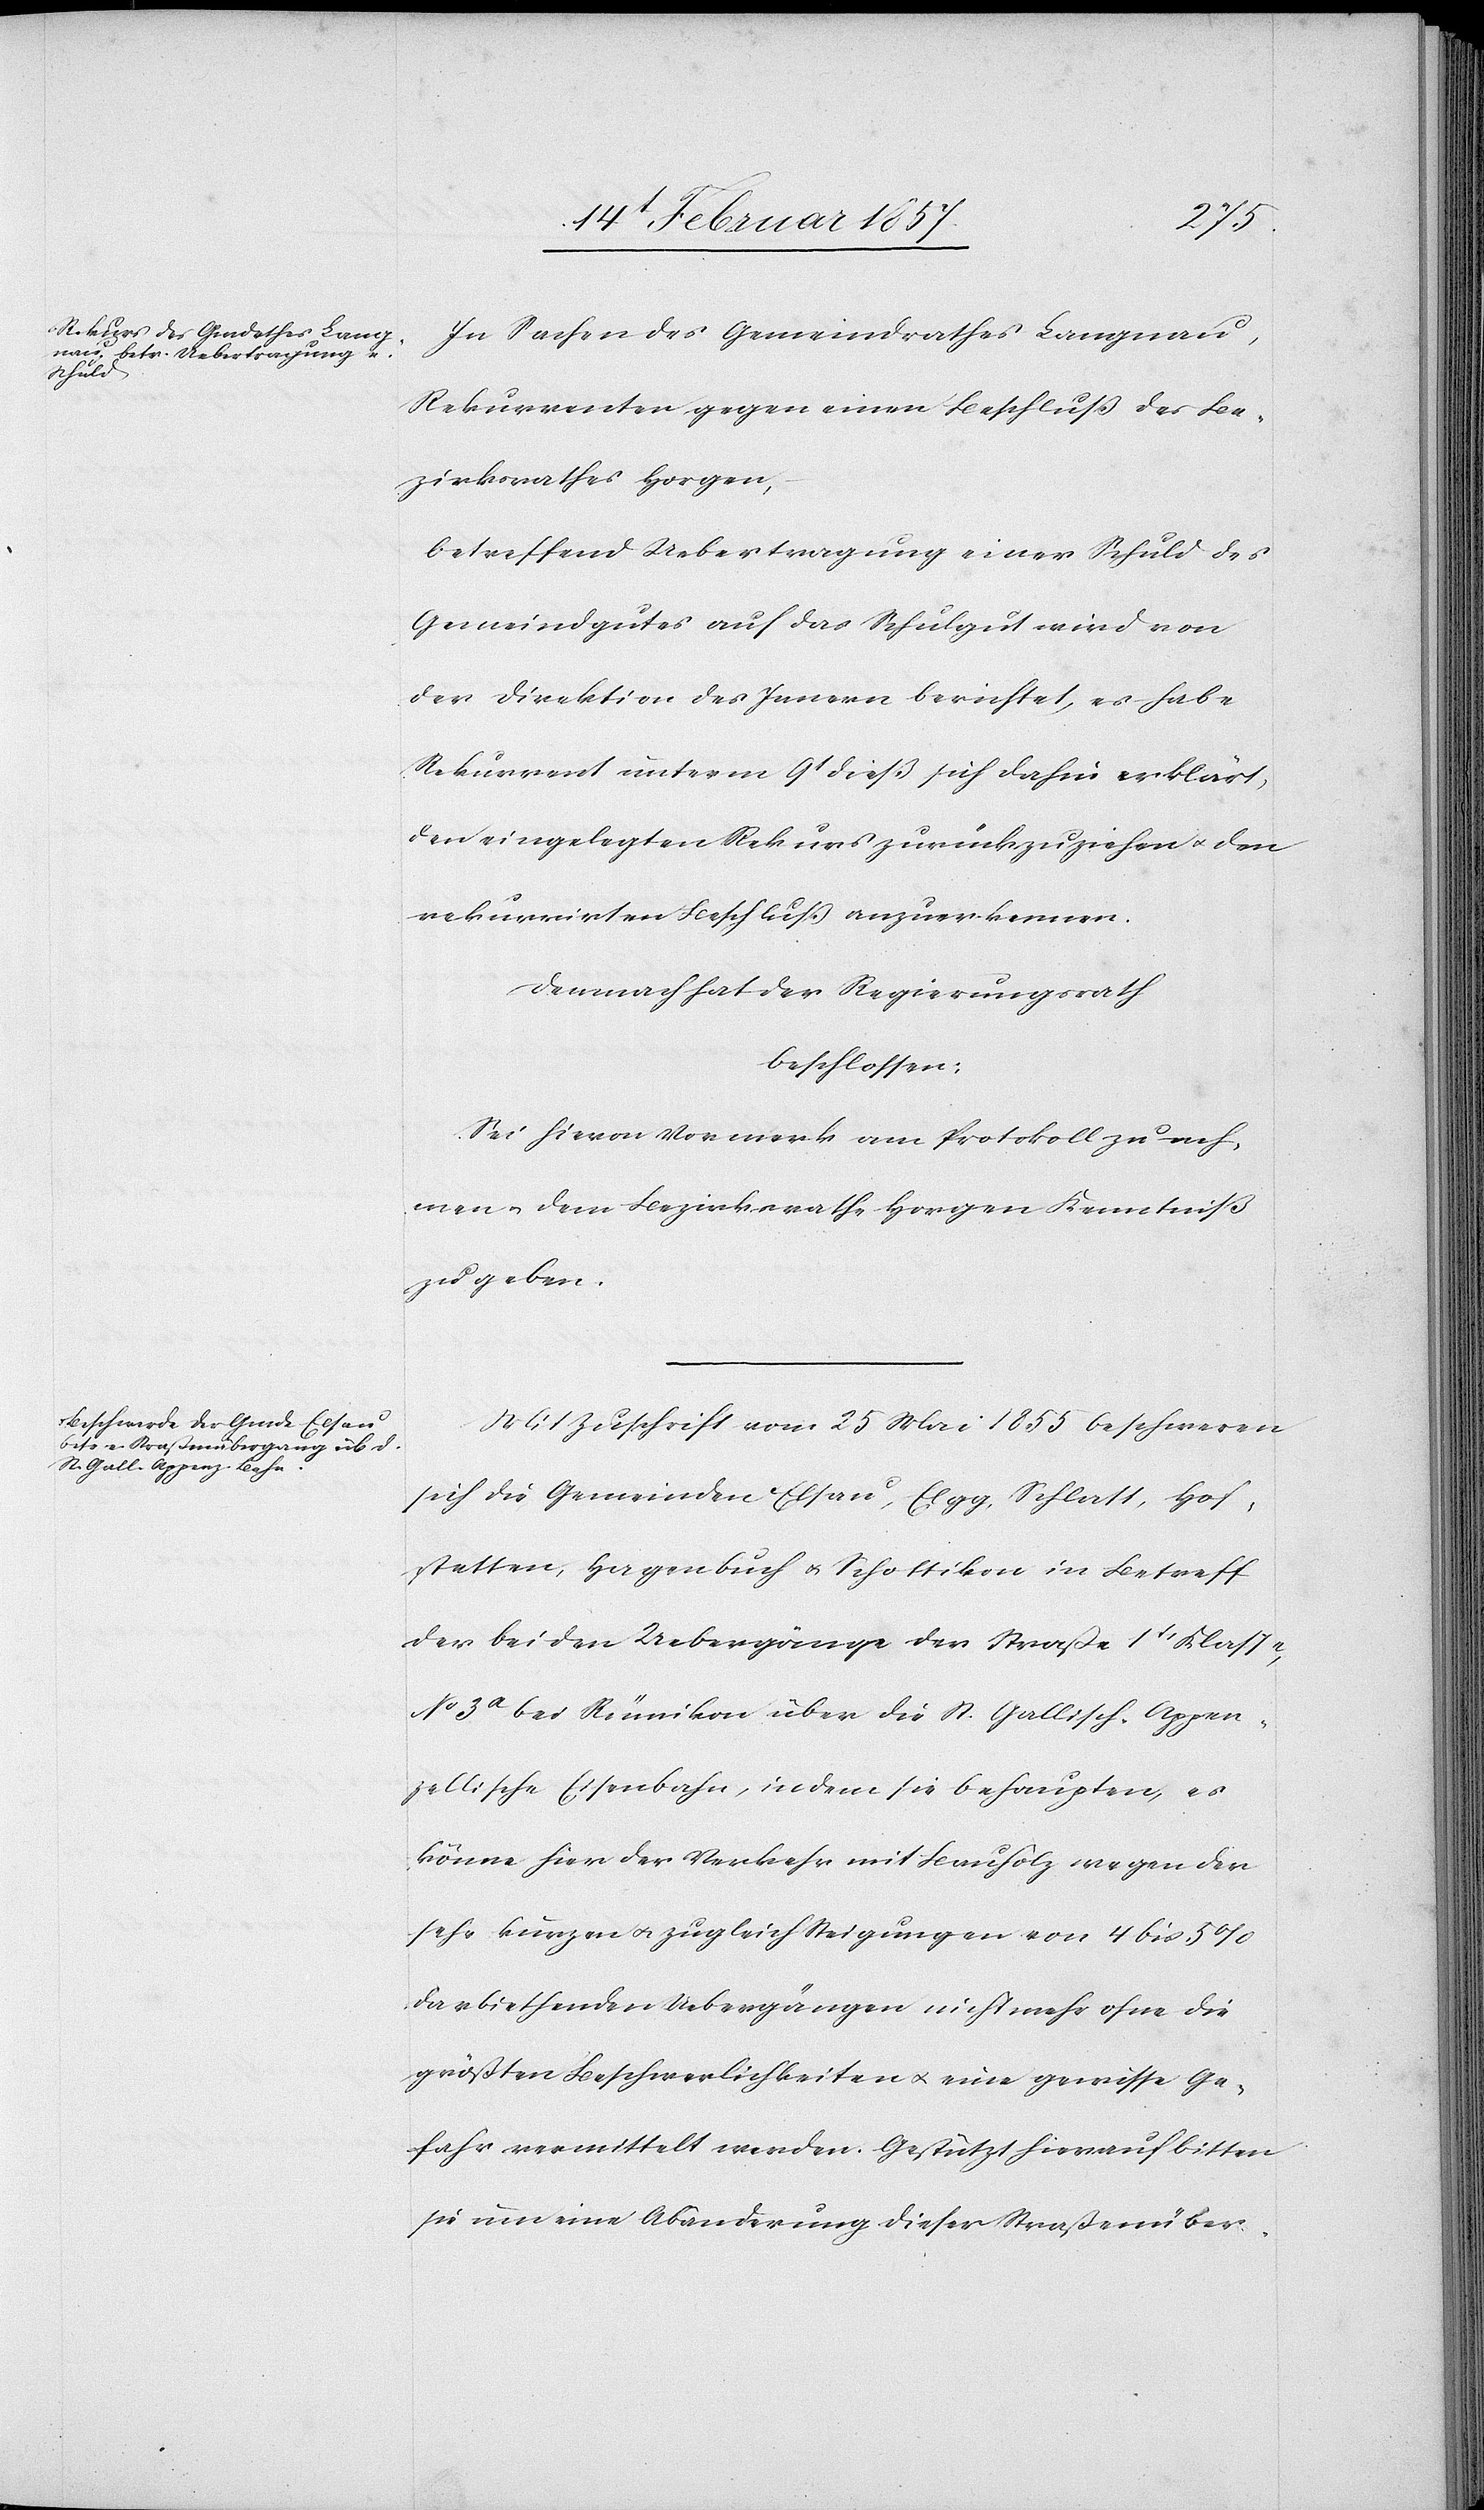
In Sachen des Gemeindrathes Langnau,
Rekurrenten gegen einen Beschluß des Be¬
zirksrathes Horgen,
betreffend Uebertragung einer Schuld des
Gemeindgutes auf das Schulgut wird von
der Direktion des Innern berichtet, es habe
Rekurrent unterm 9t dieß sich dahin erklärt,
den eingelegten Rekurs zurückzuziehen u. den
rekurrirten Beschluß anzuerkennen.
Demnach hat der Regierungsrath
beschlossen:
Sei hievon Vormerk am Protokoll zu neh¬
men u. dem Bezirksrathe Horgen Kenntniß
zu geben.
Mit Zuschrift vom 25 Mai 1855 beschweren
sich die Gemeinden Elsau, Elgg, Schlatt, Hof¬
stetten, Habenbuch u. Schottikon in Betreff
der beiden Uebergänge der Straße 1t Klasse,
No 3a bei Rümikon über die St. Gallisch-Appen¬
zellische Eisenbahn, indem sie behaupten, es
könne hier der Verkehr mit Bauholz wegen der
sehr kurzen u. zugleich Steigungen von 4 bis 5 %
darbiethenden Uebergängen nicht mehr ohne die
größten Beschwerlichkeiten u. eine gewisse Ge¬
fahr vermittelt werden. Gestützt hierauf bitten
sie um eine Abänderung dieser Straßenüber-